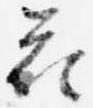
花